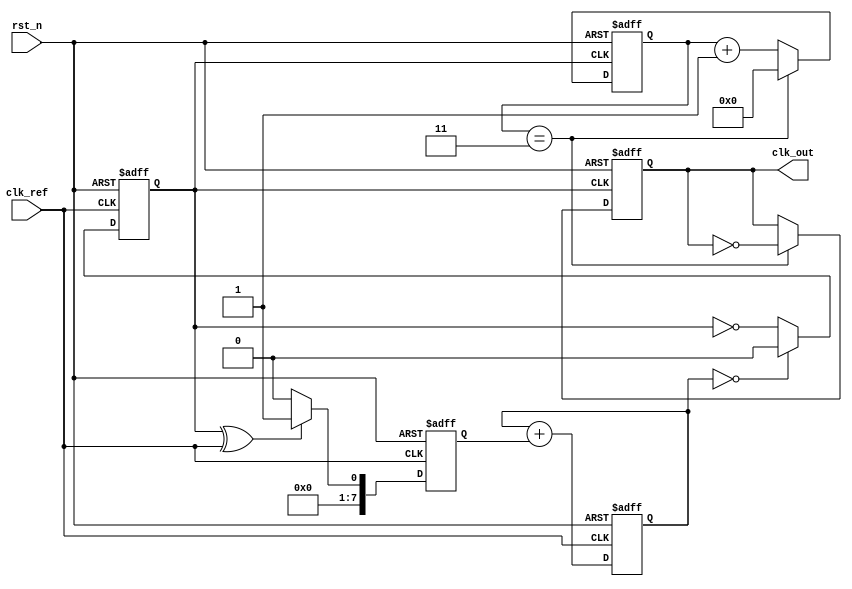
module integer_n_pll (
    input wire clk_ref,             // Reference clock input
    input wire rst_n,               // Active low reset
    output reg clk_out              // Output clock
);

// Parameters
parameter N = 4;                   // Division factor
parameter PHASE_WIDTH = 8;        // Phase error width
parameter CTRL_WIDTH = 8;          // Control voltage width

// Internal signals
reg [PHASE_WIDTH-1:0] phase_error; // Phase error from PD
reg [CTRL_WIDTH-1:0] control_voltage; // Control voltage to VCO
reg vco_clk;                        // VCO output clock
reg [N-1:0] counter;                // Frequency divider counter
reg [CTRL_WIDTH-1:0] vco_frequency; // VCO frequency

// Phase Detector (PD)
always @(posedge clk_ref or negedge rst_n) begin
    if (!rst_n) begin
        phase_error <= 0;
    end else begin
        // Simple phase detector logic (XOR for example)
        // In a real design, more sophisticated PD logic would be used
        phase_error <= (vco_clk ^ clk_ref) ? 1 : 0;
    end
end

// Loop Filter (LF)
always @(posedge clk_ref or negedge rst_n) begin
    if (!rst_n) begin
        control_voltage <= 0;
    end else begin
        // Simple integral filter for loop filter
        control_voltage <= control_voltage + phase_error;
    end
end

// Voltage-Controlled Oscillator (VCO)
always @(posedge clk_ref or negedge rst_n) begin
    if (!rst_n) begin
        vco_frequency <= 0;
    end else begin
        // Adjust the VCO frequency based on control voltage
        // Here we use a simple scaling for demonstration
        vco_frequency <= control_voltage;
    end
end

// Frequency Divider
always @(posedge vco_clk or negedge rst_n) begin
    if (!rst_n) begin
        counter <= 0;
        clk_out <= 0;
    end else begin
        if (counter == N-1) begin
            clk_out <= ~clk_out; // Toggle output clock
            counter <= 0; // Reset counter
        end else begin
            counter <= counter + 1; // Increment counter
        end
    end
end

// VCO Clock Generation
always @(posedge clk_ref or negedge rst_n) begin
    if (!rst_n) begin
        vco_clk <= 0;
    end else begin
        // VCO output frequency generation based on control voltage
        // This is a simplified representation
        vco_clk <= (control_voltage[CTRL_WIDTH-1:0] == 0) ? 0 : ~vco_clk;
    end
end

endmodule